Rangoon Lunatic Asylum 1878-1892 - 1878-1892
Year: 1878
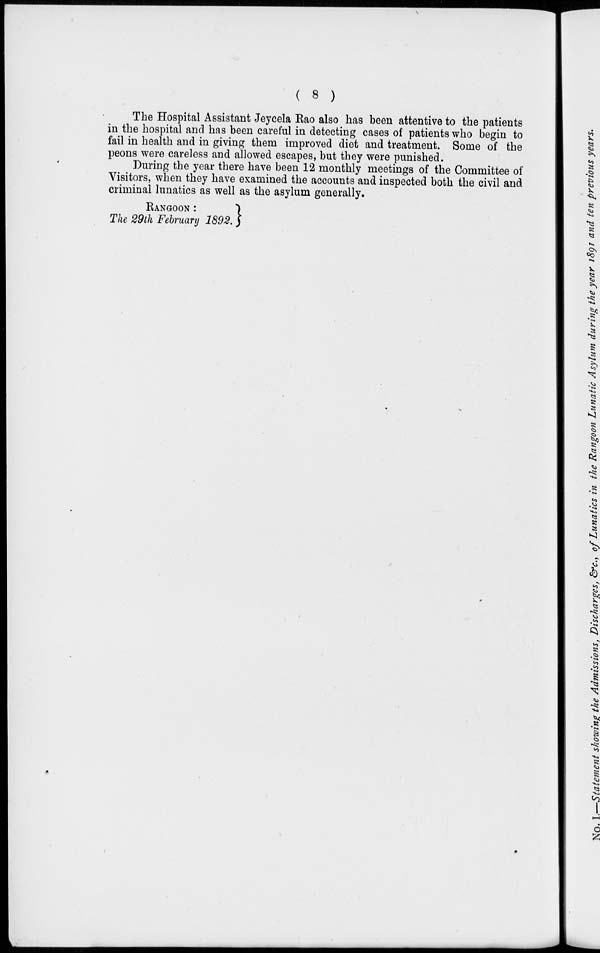
( 8 )
The Hospital Assistant Jeycela Rao also has been attentive to the patients
in the hospital and has been careful in detecting cases of patients who begin to
fail in health and in giving them improved diet and treatment. Some of the
peons were careless and allowed escapes, but they were punished.
During the year there have been 12 monthly meetings of the Committee of
Visitors, when they have examined the accounts and inspected both the civil and
criminal lunatics as well as the asylum generally.
RANGOON :
The 29th February 1892.